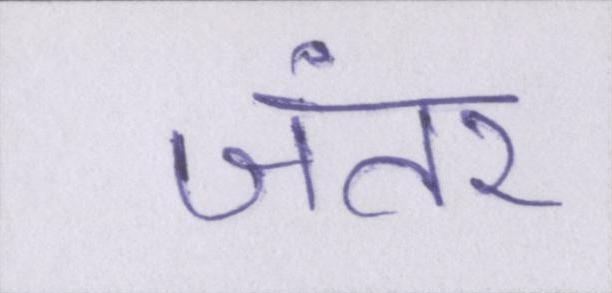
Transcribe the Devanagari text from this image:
जंतर